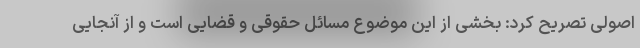
اصولی تصریح کرد: بخشی از این موضوع مسائل حقوقی و قضایی است و از آنجایی